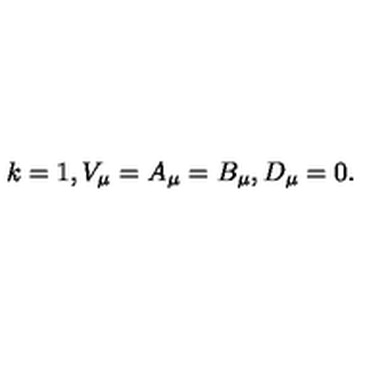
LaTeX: k = 1 , V _ { \mu } = A _ { \mu } = B _ { \mu } , D _ { \mu } = 0 .